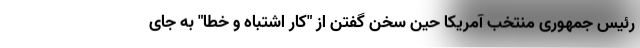
رئیس جمهوری منتخب آمریکا حین سخن گفتن از "کار اشتباه و خطا" به جای